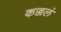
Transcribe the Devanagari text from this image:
कज्जलं